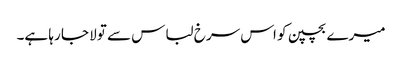
میرے بچپن کو اس سرخ لباس سے تولا جا رہا ہے۔